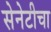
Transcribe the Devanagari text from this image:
सेनेटीचा